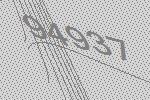
94937